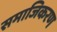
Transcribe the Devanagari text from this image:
समाजिकरण